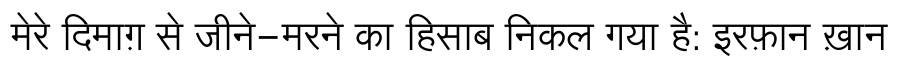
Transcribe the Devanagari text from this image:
मेरे दिमाग़ से जीने-मरने का हिसाब निकल गया है: इरफ़ान ख़ान